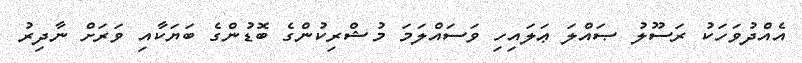
އެއްދުވަހަކު ރަސޫލު ޞައްލަ ޢަލައިހި ވަސައްލަމަ މުޝްރިކުންގެ ބޮޑުންގެ ބަޔަކާއި ވަރަށް ނާދިރު